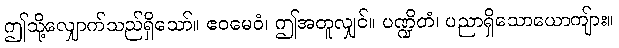
ဤသို့လျှောက်သည်ရှိသော်။ ဧဝမေဝံ၊ ဤအတူလျှင်။ ပဏ္ဍိတံ၊ ပညာရှိသောယောကျ်ား။